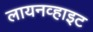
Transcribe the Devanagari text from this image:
लायनव्हाइट